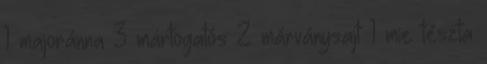
1 majoránna 3 mártogatós 2 márványsajt 1 mie tészta